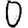
Digit: 0